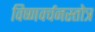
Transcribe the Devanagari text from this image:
विष्णवर्चनस्तोत्र